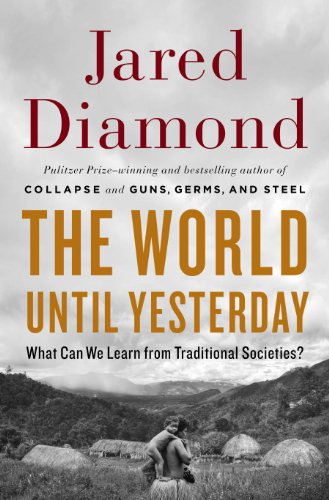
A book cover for The World Until Yesterday: What Can We Learn from Traditional Societies?; Jared Diamond; History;